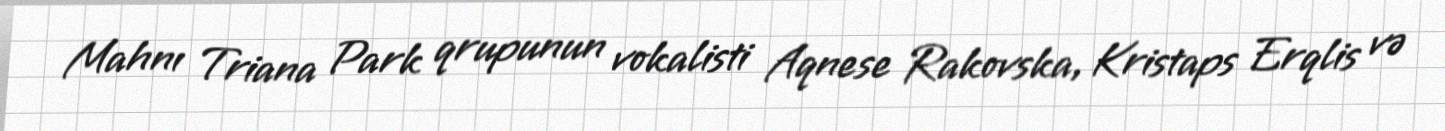
Mahnı Triana Park qrupunun vokalisti Aqnese Rakovska, Kristaps Erqlis və